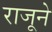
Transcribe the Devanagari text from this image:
राजूने